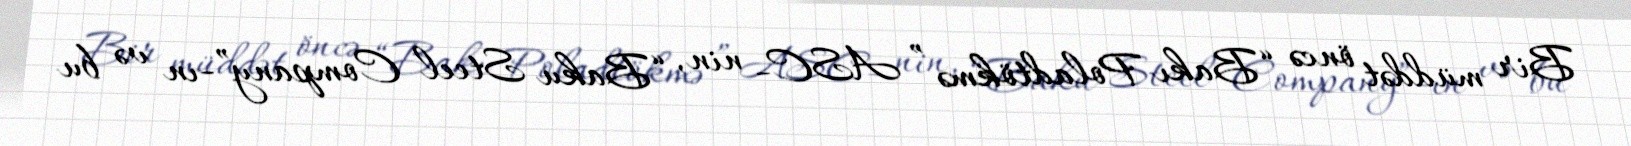
Bir müddət öncə “Bakı Poladtökmə ” ASC- nin, “Baku Steel Company”-ın və bu